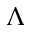
\Lambda